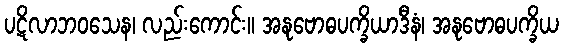
ပဋိလာဘဝသေန၊ လည်းကောင်း။ အနုဗောဓပက္ခိယာဒီနံ၊ အနုဗောဓပက္ခိယ